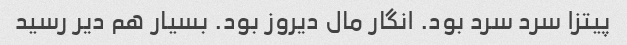
پیتزا سرد سرد بود. انگار مال دیروز بود. بسیار هم دیر رسید